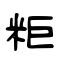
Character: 粔